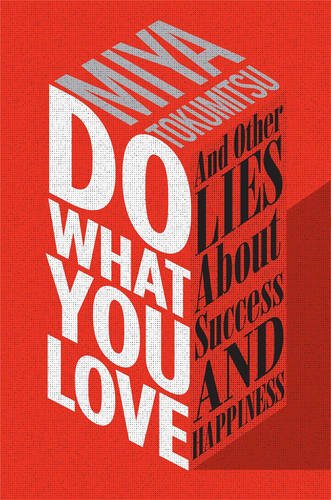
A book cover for Do What You Love: And Other Lies About Success and Happiness; Miya Tokumitsu; Business & Money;